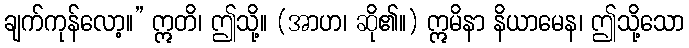
ချက်ကုန်လော့။” ဣတိ၊ ဤသို့။ (အာဟ၊ ဆို၏။) ဣမိနာ နိယာမေန၊ ဤသို့သော